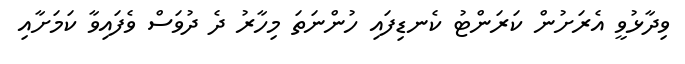
ވިދާޅުވީ އެރަށުން ކަރަންޓު ކެނޑިފައި ހުންނަތަ މިހާރު ދެ ދުވަސް ވެފައިވާ ކަމަށާއި